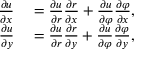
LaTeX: \begin{array} { r l } { { \frac { \partial u } { \partial x } } } & { { } = { \frac { \partial u } { \partial r } } { \frac { \partial r } { \partial x } } + { \frac { \partial u } { \partial \varphi } } { \frac { \partial \varphi } { \partial x } } , } \\ { { \frac { \partial u } { \partial y } } } & { { } = { \frac { \partial u } { \partial r } } { \frac { \partial r } { \partial y } } + { \frac { \partial u } { \partial \varphi } } { \frac { \partial \varphi } { \partial y } } , } \end{array}